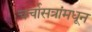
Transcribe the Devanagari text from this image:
चर्चासत्रांमधून